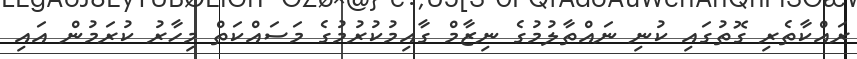
ރައްކާތެރި ގޮތުގައި ކުނި ނައްތާލުމުގެ ނިޒާމް ގާއިމުކުރުމުގެ މަސައްކަތް މިހާރު ކުރަމުން އައި